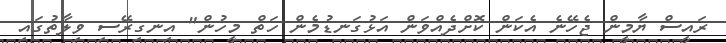
ރައީސް ޔާމީން ޖެހޭނެ އެކަން ކޮށްދެއްވަން އަޅުގަނޑުމެން ހަތް މީހުން" އިނގިރޭސި ވިލާތުގައި